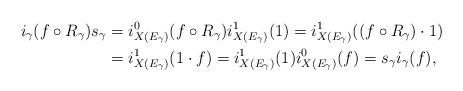
LaTeX: \begin{align*}i_\gamma(f\circ R_\gamma)s_\gamma &= i_{X(E_\gamma)}^0(f\circ R_\gamma)i_{X(E_\gamma)}^1(1) = i_{X(E_\gamma)}^1((f\circ R_\gamma)\cdot1)\\ &= i_{X(E_\gamma)}^1(1\cdot f) =i_{X(E_\gamma)}^1(1)i_{X(E_\gamma)}^0(f)=s_\gamma i_\gamma(f),\end{align*}